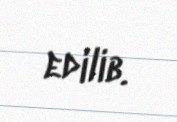
edilib.